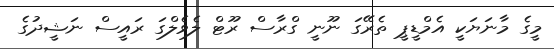
މީގެ މާނަޔަކީ އެމްޑީޕީ ތެރޭގަ ނޫނީ ގްރާސް ރޫޓް ލެވެލްގަ ރައީސް ނަޝީދުގެ